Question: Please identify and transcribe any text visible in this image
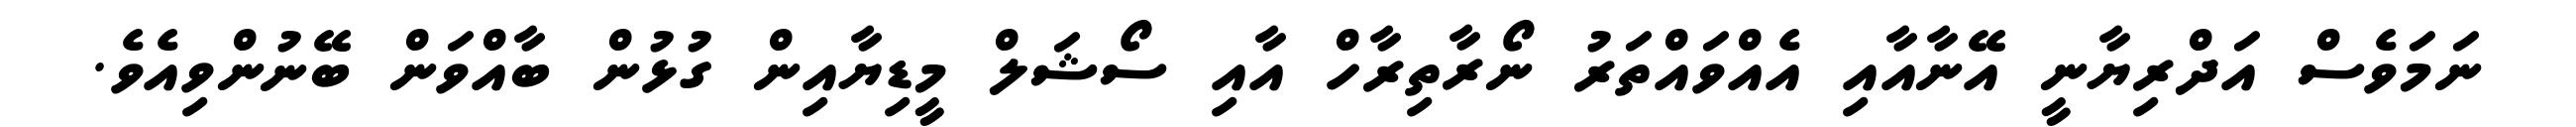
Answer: ނަމަވެސް އަދްރިޔާނީ އޭނާއާއި އެއްވައްތަރު ނޯރާތިރާހް އާއި ސޯޝަލް މީޑިޔާއިން ގުޅުން ބާއްވަން ބޭނުންވިއެވެ.